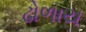
ઢોળાય